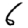
Digit: 6